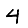
Digit: 4